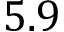
5 . 9